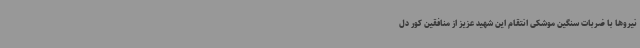
نیروها با ضربات سنگین موشکی انتقام این شهید عزیز از منافقین کور دل